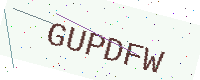
Text: GUPDFW